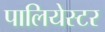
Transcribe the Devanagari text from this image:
पालियेस्टर